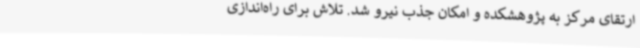
ارتقای مرکز به پژوهشکده و امکان جذب نیرو شد. تلاش برای راه‌اندازی